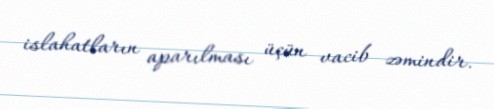
islahatların aparılması üçün vacib zəmindir.